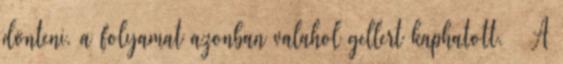
dönteni, a folyamat azonban valahol gellert kaphatott. – A